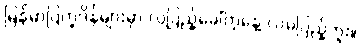
မြန်မာပြက္ခဒိန်များမှာ လပြည့်ခေါ်တဲ့နေ့ လမပြည့်ဘူး။